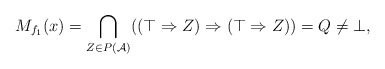
\begin{align*} M_{f_1}(x) = \bigcap_{Z\in P(\mathcal A)}((\top \Rightarrow Z) \Rightarrow (\top \Rightarrow Z)) = Q \neq \bot,\end{align*}